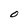
Character: O